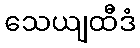
သေယျထီဒံ